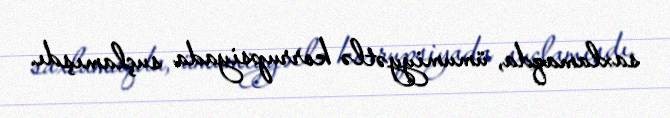
saxlamaqda, ümumiyyətlə korrupsiyada suçlamışdı.